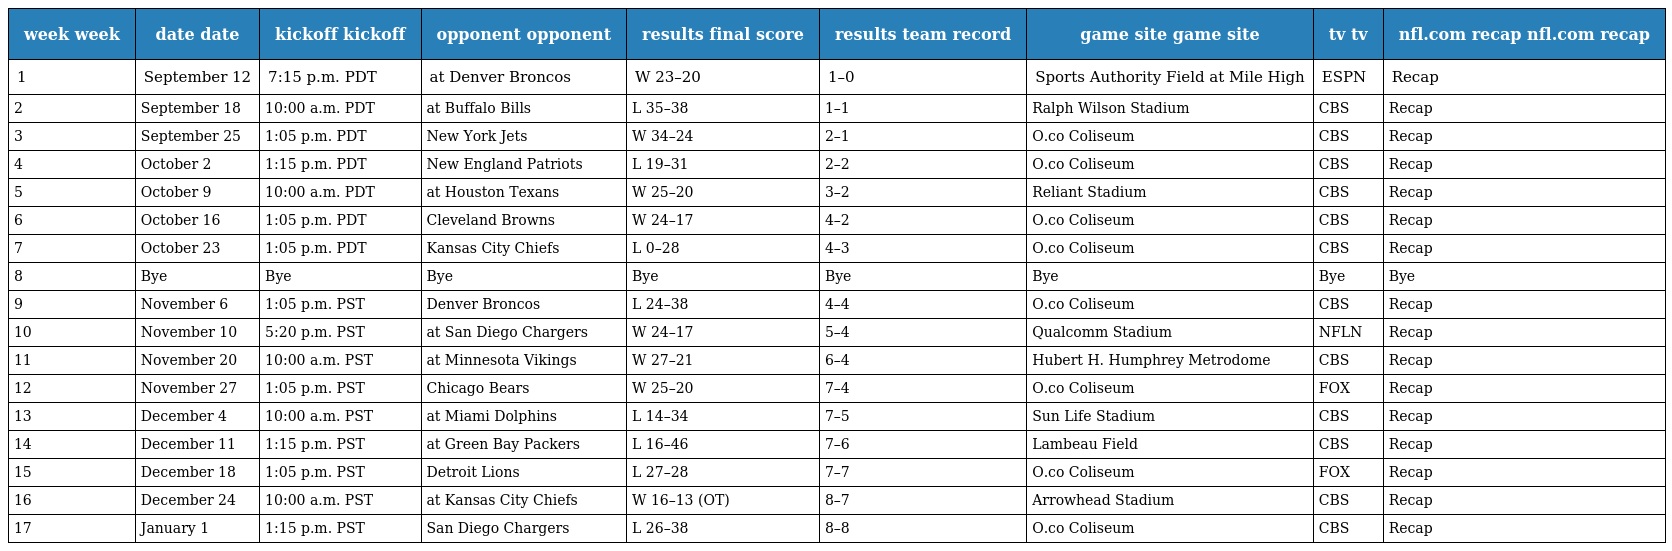
| week week | date date | kickoff kickoff | opponent opponent | results final score | results team record | game site game site | tv tv | nfl.com recap nfl.com recap |
 | --- | --- | --- | --- | --- | --- | --- | --- | --- |
 | 1 | September 12 | 7:15 p.m. PDT | at Denver Broncos | W 23–20 | 1–0 | Sports Authority Field at Mile High | ESPN | Recap |
 | 2 | September 18 | 10:00 a.m. PDT | at Buffalo Bills | L 35–38 | 1–1 | Ralph Wilson Stadium | CBS | Recap |
 | 3 | September 25 | 1:05 p.m. PDT | New York Jets | W 34–24 | 2–1 | O.co Coliseum | CBS | Recap |
 | 4 | October 2 | 1:15 p.m. PDT | New England Patriots | L 19–31 | 2–2 | O.co Coliseum | CBS | Recap |
 | 5 | October 9 | 10:00 a.m. PDT | at Houston Texans | W 25–20 | 3–2 | Reliant Stadium | CBS | Recap |
 | 6 | October 16 | 1:05 p.m. PDT | Cleveland Browns | W 24–17 | 4–2 | O.co Coliseum | CBS | Recap |
 | 7 | October 23 | 1:05 p.m. PDT | Kansas City Chiefs | L 0–28 | 4–3 | O.co Coliseum | CBS | Recap |
 | 8 | Bye | Bye | Bye | Bye | Bye | Bye | Bye | Bye |
 | 9 | November 6 | 1:05 p.m. PST | Denver Broncos | L 24–38 | 4–4 | O.co Coliseum | CBS | Recap |
 | 10 | November 10 | 5:20 p.m. PST | at San Diego Chargers | W 24–17 | 5–4 | Qualcomm Stadium | NFLN | Recap |
 | 11 | November 20 | 10:00 a.m. PST | at Minnesota Vikings | W 27–21 | 6–4 | Hubert H. Humphrey Metrodome | CBS | Recap |
 | 12 | November 27 | 1:05 p.m. PST | Chicago Bears | W 25–20 | 7–4 | O.co Coliseum | FOX | Recap |
 | 13 | December 4 | 10:00 a.m. PST | at Miami Dolphins | L 14–34 | 7–5 | Sun Life Stadium | CBS | Recap |
 | 14 | December 11 | 1:15 p.m. PST | at Green Bay Packers | L 16–46 | 7–6 | Lambeau Field | CBS | Recap |
 | 15 | December 18 | 1:05 p.m. PST | Detroit Lions | L 27–28 | 7–7 | O.co Coliseum | FOX | Recap |
 | 16 | December 24 | 10:00 a.m. PST | at Kansas City Chiefs | W 16–13 (OT) | 8–7 | Arrowhead Stadium | CBS | Recap |
 | 17 | January 1 | 1:15 p.m. PST | San Diego Chargers | L 26–38 | 8–8 | O.co Coliseum | CBS | Recap |